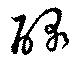
醁